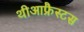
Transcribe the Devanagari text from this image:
थीआफ्रैस्टस